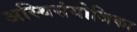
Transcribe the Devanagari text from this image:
अस्थिसंयोजिका